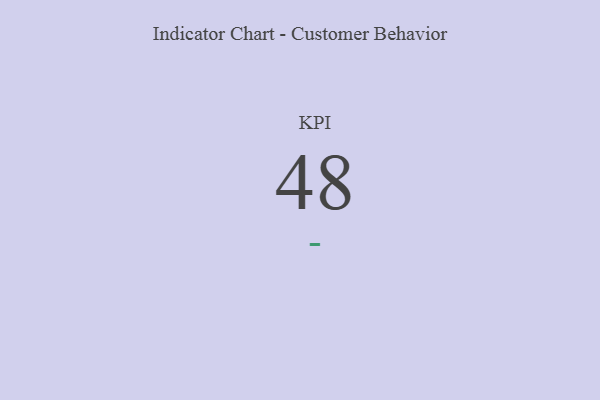
{"axis": {"x": "KPI", "y": "Value"}, "legend": [""], "data": [{"x": "KPI", "y": 48, "type": ""}]}